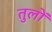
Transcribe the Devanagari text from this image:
तुलों